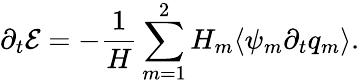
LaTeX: \partial_{t}\mathcal{E}=-\frac{1}{H}\sum_{m=1}^{2}H_{m}\langle\psi_{m}\partial_{t}q_{m}\rangle.